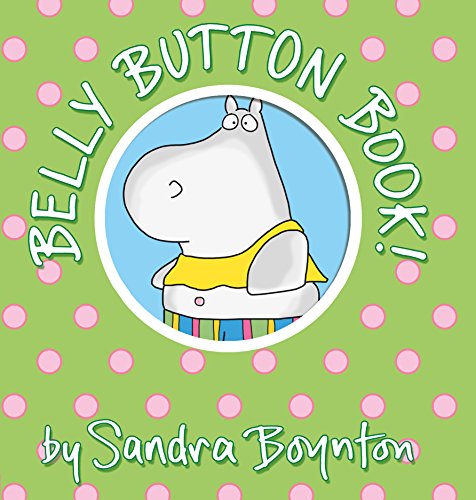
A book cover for Belly Button Book (Boynton on Board); Sandra Boynton; Humor & Entertainment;